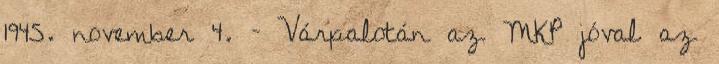
1945. november 4. – Várpalotán az MKP jóval az